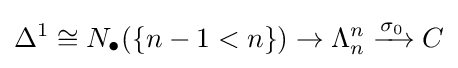
\Delta ^{1}\cong N_{\bullet }(\{n-1<n\})\rightarrow \Lambda _{n}^{n}\xrightarrow {\sigma _{0}} C